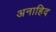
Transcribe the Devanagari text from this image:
अनाहिद